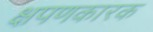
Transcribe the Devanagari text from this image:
क्षपणकारक